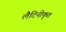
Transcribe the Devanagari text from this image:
लैटिनीकृत